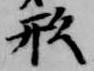
形